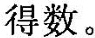
得数。